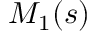
M _ { 1 } ( s )